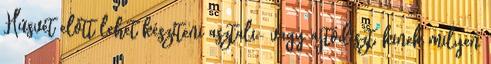
Húsvét előtt lehet készíteni asztali- vagy ajtódíszt, kinek milyen